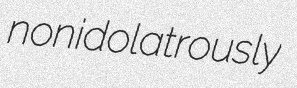
nonidolatrously